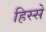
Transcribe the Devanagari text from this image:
हिस्‍स्‍ो